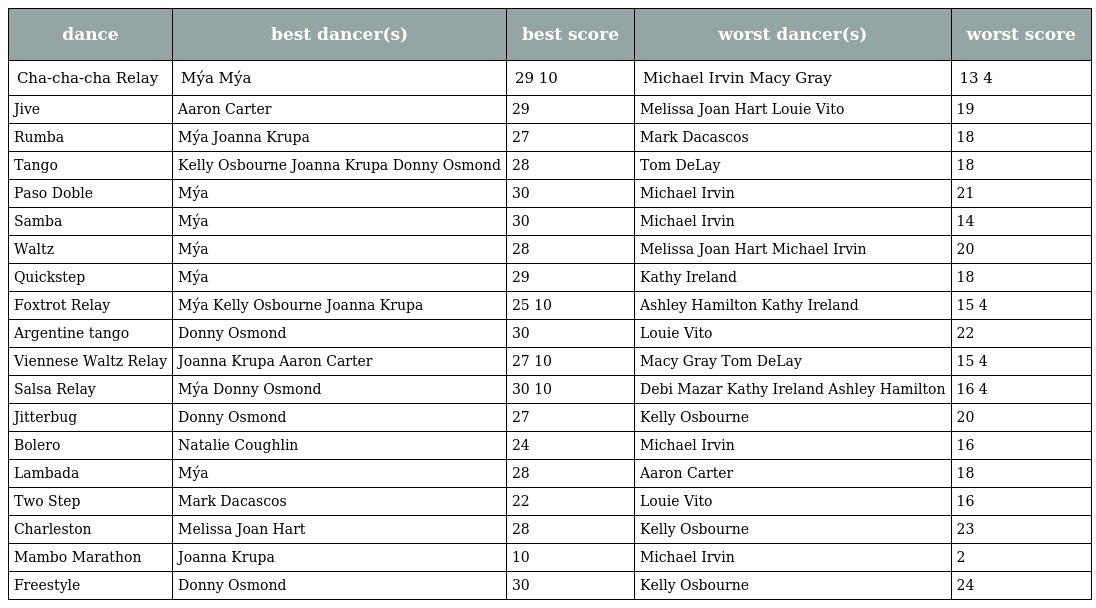
| dance | best dancer(s) | best score | worst dancer(s) | worst score |
 | --- | --- | --- | --- | --- |
 | Cha-cha-cha Relay | Mýa Mýa | 29 10 | Michael Irvin Macy Gray | 13 4 |
 | Jive | Aaron Carter | 29 | Melissa Joan Hart Louie Vito | 19 |
 | Rumba | Mýa Joanna Krupa | 27 | Mark Dacascos | 18 |
 | Tango | Kelly Osbourne Joanna Krupa Donny Osmond | 28 | Tom DeLay | 18 |
 | Paso Doble | Mýa | 30 | Michael Irvin | 21 |
 | Samba | Mýa | 30 | Michael Irvin | 14 |
 | Waltz | Mýa | 28 | Melissa Joan Hart Michael Irvin | 20 |
 | Quickstep | Mýa | 29 | Kathy Ireland | 18 |
 | Foxtrot Relay | Mýa Kelly Osbourne Joanna Krupa | 25 10 | Ashley Hamilton Kathy Ireland | 15 4 |
 | Argentine tango | Donny Osmond | 30 | Louie Vito | 22 |
 | Viennese Waltz Relay | Joanna Krupa Aaron Carter | 27 10 | Macy Gray Tom DeLay | 15 4 |
 | Salsa Relay | Mýa Donny Osmond | 30 10 | Debi Mazar Kathy Ireland Ashley Hamilton | 16 4 |
 | Jitterbug | Donny Osmond | 27 | Kelly Osbourne | 20 |
 | Bolero | Natalie Coughlin | 24 | Michael Irvin | 16 |
 | Lambada | Mýa | 28 | Aaron Carter | 18 |
 | Two Step | Mark Dacascos | 22 | Louie Vito | 16 |
 | Charleston | Melissa Joan Hart | 28 | Kelly Osbourne | 23 |
 | Mambo Marathon | Joanna Krupa | 10 | Michael Irvin | 2 |
 | Freestyle | Donny Osmond | 30 | Kelly Osbourne | 24 |